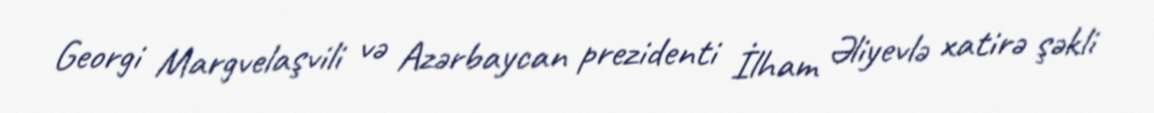
Georgi Margvelaşvili və Azərbaycan prezidenti İlham Əliyevlə xatirə şəkli